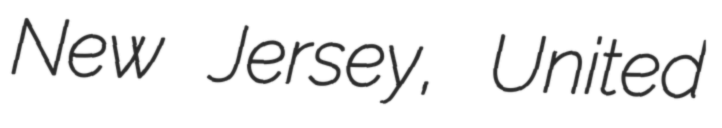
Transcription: New Jersey, United